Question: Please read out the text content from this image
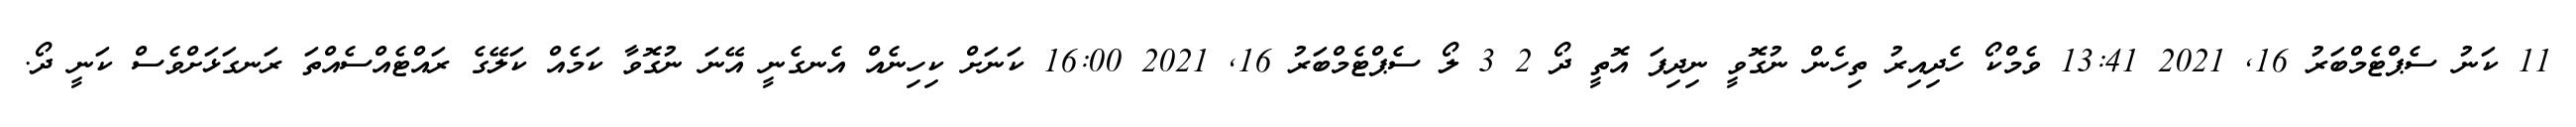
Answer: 11 ކަނު ސެޕްޓެމްބަރު 16, 2021 13:41 ވެމްކޯ ހެދިއިރު ތިހެން ނުގޮވީ ނިދިފަ އޮތީ ދޯ 2 3 ލޯ ސެޕްޓެމްބަރު 16, 2021 16:00 ކަނަށް ކިހިނެއް އެނގެނީ އޭނަ ނުގޮވާ ކަމެއް ކަލޭގެ ރައްޓެއްސެއްތަ ރަނގަޅަށްވެސް ކަނީ ދޯ.